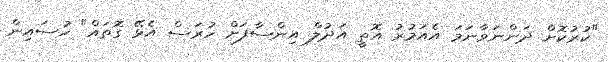
"ކުރުކޮށް ދަންނަވާނަމަ އެއަމުރު އޮތީ އަދުލް އިންސާފަށް ހުރަސް އެޅޭ ގޮތައް" ހުސައިން